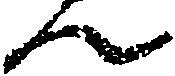
ん